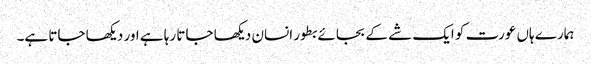
ہمارے ہاں عورت کو ایک شے کے بجائے بطور انسان دیکھا جاتا رہا ہے اور دیکھا جاتا ہے۔